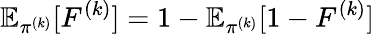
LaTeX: \mathbb{E}_{\pi^{(k)}}[F^{(k)}]=1-\mathbb{E}_{\pi^{(k)}}[1-F^{(k)}]